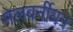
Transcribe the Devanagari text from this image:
मेलबर्नीयन